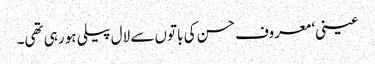
عینی‘ معروف حسن کی باتوں سے لال پیلی ہو رہی تھی۔